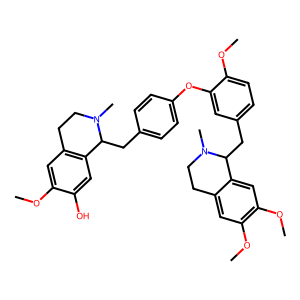
SMILES: COc1cc2c(cc1O)C(Cc1ccc(Oc3cc(CC4c5cc(OC)c(OC)cc5CCN4C)ccc3OC)cc1)N(C)CC2
Inhibits HIV replication: No